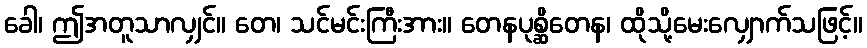
ခေါ၊ ဤအတူသာလျှင်။ တေ၊ သင်မင်းကြီးအား။ တေနပုစ္ဆိတေန၊ ထိုသို့မေးလျှောက်သဖြင့်။